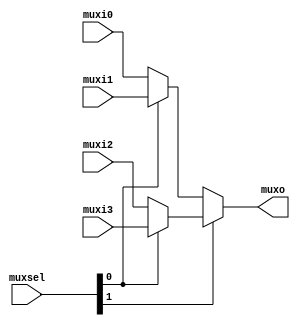
module mux4 (
    muxi0, muxi1, muxi2, muxi3, muxo, muxsel
);

input [31:0] muxi0, muxi1, muxi2, muxi3;
output [31:0] muxo;
input [1:0] muxsel;

assign muxo = muxsel[1] ? (muxsel[0] ? muxi3 : muxi2) : (muxsel[0] ? muxi1 : muxi0);
    
endmodule